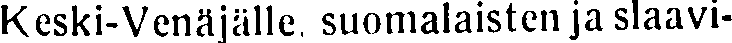
Keski-Venäjälle, suomalaisten ja slaavi-